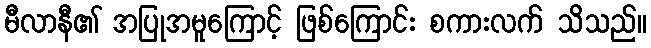
မီလာနီ၏ အပြုအမူကြောင့် ဖြစ်ကြောင်း စကားလက် သိသည်။